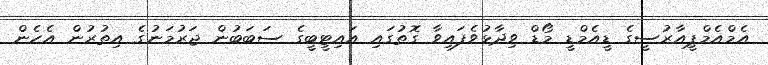
އެމްއެމްޕީއާރުސީގެ ޑީއެމްޑީ މޯޑް ވިދާޅުވެފައިވާ ގޮތުގައި އައިޓީބީގެ ސަބަބުން ޖަރުމަނުގެ އިތުރުން އެހެން